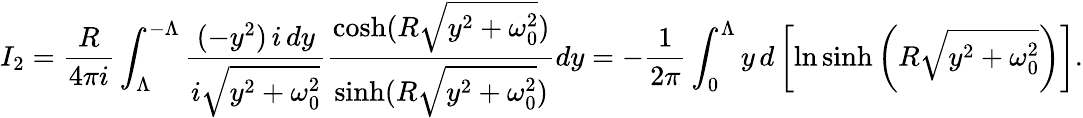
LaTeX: I_{2}=\frac{R}{4\pi i}\int_{\Lambda}^{-\Lambda}\frac{(-y^{2})\, i\, dy}{i\sqrt{y^{2}+\omega_{0}^{2}}}\frac{\cosh(R\sqrt{y^{2}+\omega_{0}^{2}})}{\sinh(R\sqrt{y^{2}+\omega_{0}^{2}})}dy=-\frac{1}{2\pi}\int_{0}^{\Lambda}y\, d\left[\ln\sinh\left(R\sqrt{y^{2}+\omega_{0}^{2}}\right)\right].